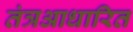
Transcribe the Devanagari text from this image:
तंत्रआधारित